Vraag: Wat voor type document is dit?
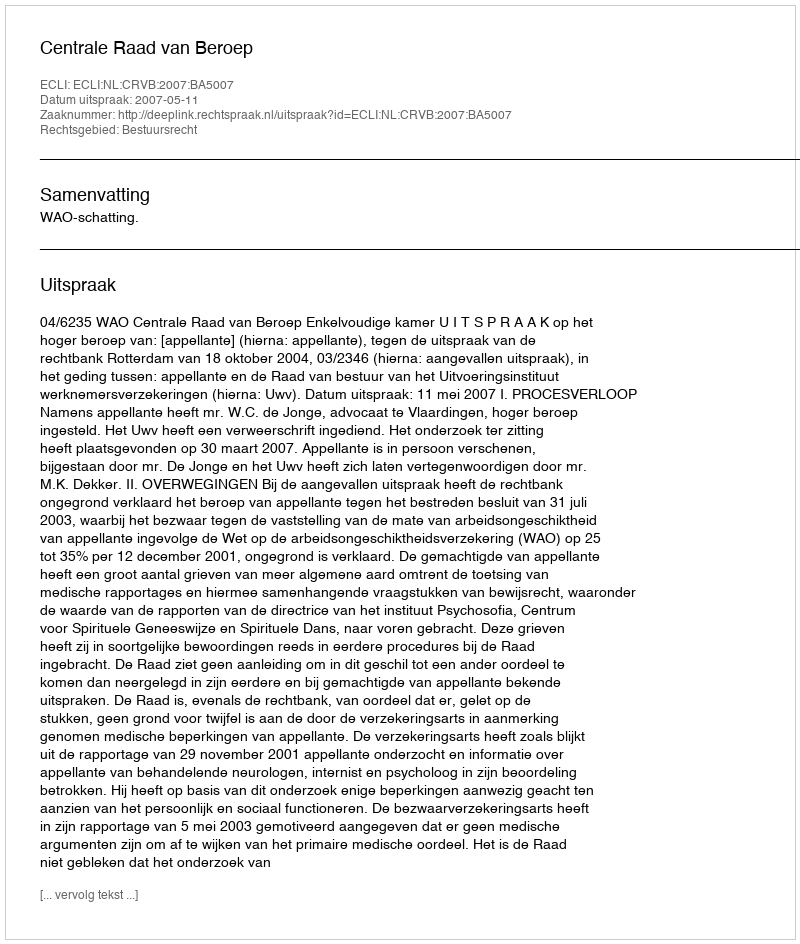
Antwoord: Uitspraak